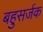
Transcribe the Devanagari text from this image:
बहुसर्जक